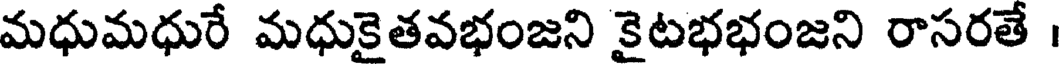
మధుమధురే మధుకైతవభంజని కైటభభంజని రాసరతే